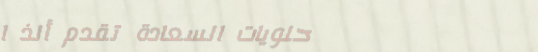
حلويات السعادة تقدم ألذ ا